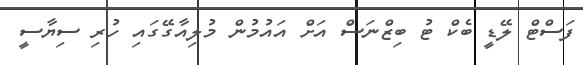
ފަސްޓް ލޭޑީ ބެކް ޓު ބިޒްނަސް އަށް އައުމުން މުލިއާގޭގައި ހުރި ސިޔާސީ